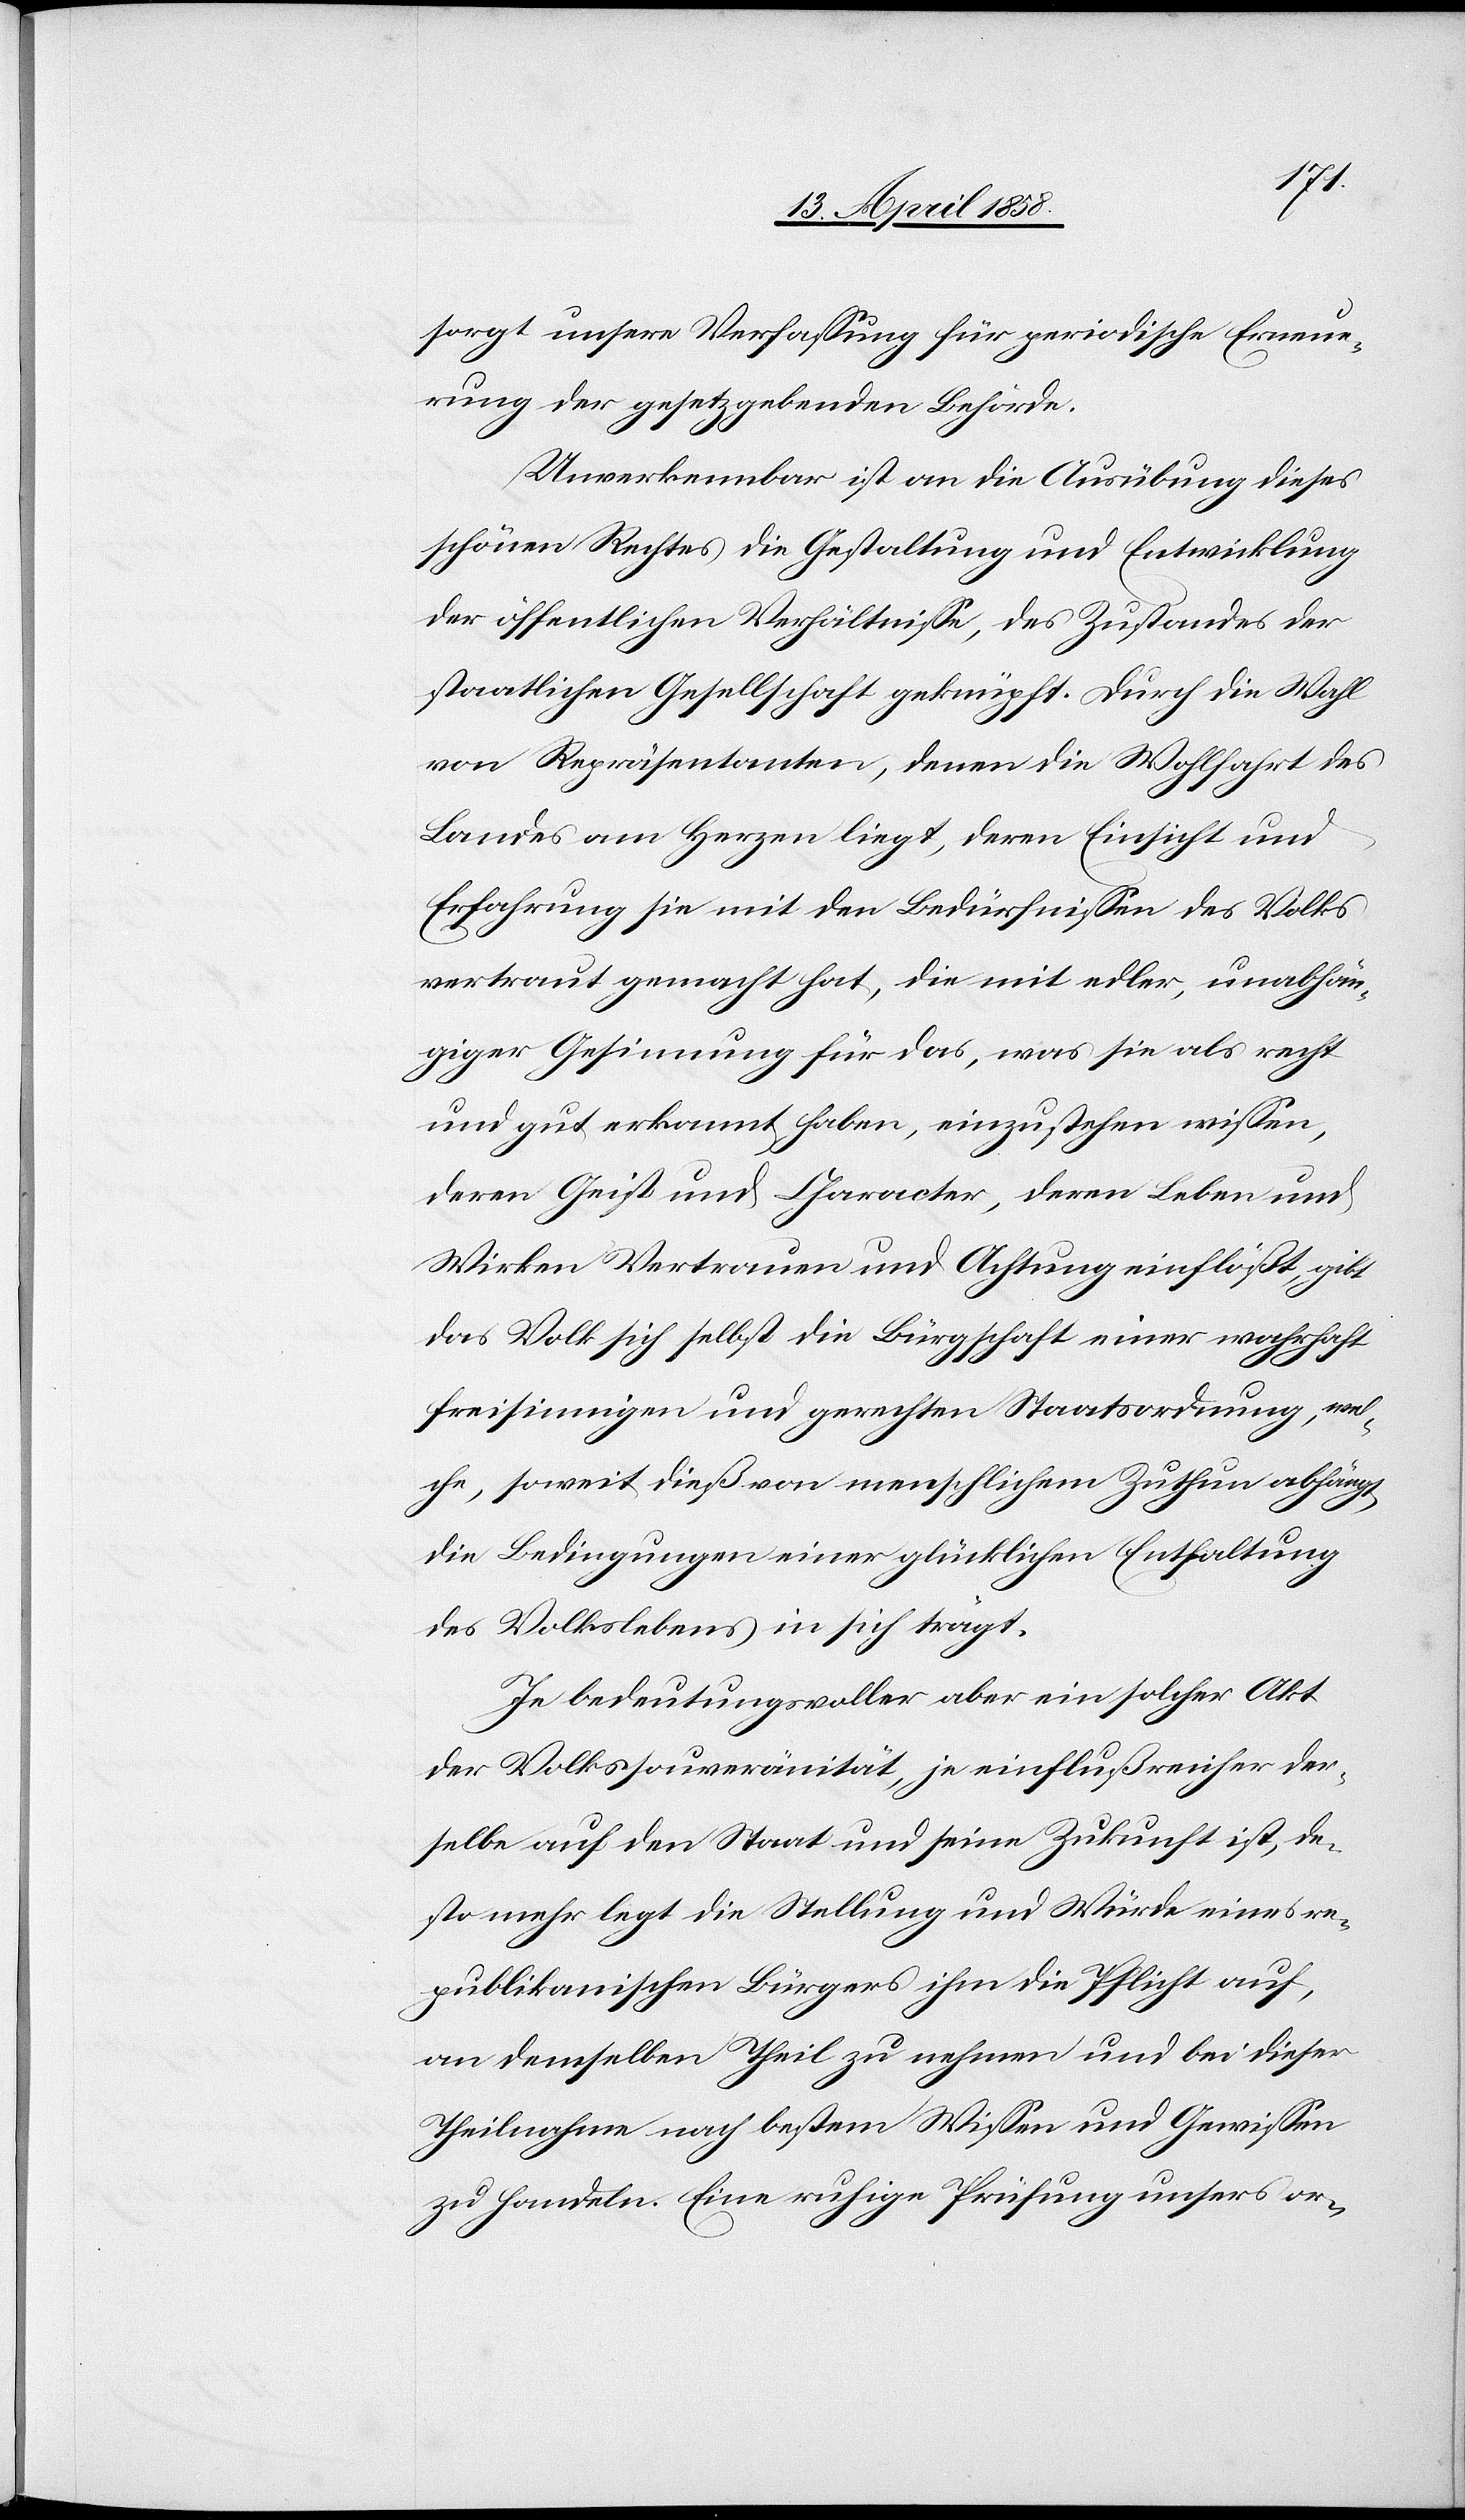
sagt unsere Verfassung für periodische Erneue¬
rung der gesetzgebenden Behörden.
Unverkennbar ist an die Ausübung dieses
schönen Rechtes die Gestalten und Entwicklung
der öffentlichen Verhältnisse, des Zustandes der
staatlichen Gesellschaft geknüpft. Durch die Wahl
von Repräsentanten, denen die Wohlfahrt des
Landes am Herzen liegt, deren Einsicht und
Erfahrung sie mit den Bedürfnissen des Volks
vertraut gemacht hat, die mit aller, unabhän¬
giger Gesinnung für das, was sie als recht
und gut erkannt haben, einzustehen wissen,
deren Geist und Character, deren Leben und
Wirken Vertrauen und Achtung einflößt, gibt
das Volk sich selbst die Bürgschaft einer wahrhaft
freisinnigen und gerechten Staatsordnung, wel¬
che, soweit dieß von menschlichem Zuthun abhängt,
die Bedingungen einer glücklichen Entfaltung
des Volkslebens in sich trägt.
Je bedeutungsvoller aber ein solcher Akt
der Volkssouveränität, je einflußreicher der¬
selbe auf den Staat und seine Zukunft ist, de¬
sto mehr legt die Stellung und Würde eines re¬
publikanischen Bürgers ihm die Pflicht auf,
an demselben Theil zu nehmen und bei dieser
Theilnahme nach bestem Wissen und Gewissen
zu handeln. Eine ruhige Prüfung unsers or-